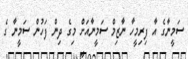
ސަމީނާގެ އާ ފިރިމީހާ ނާޒިމް ސަމީނާއަށް މިގެ ދިން ފަހުން ސަމީނާ ގެ